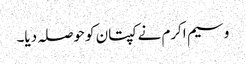
وسیم اکرم نے کپتان کو حوصلہ دیا۔